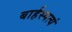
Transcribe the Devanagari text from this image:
बार्हस्पत्यं